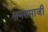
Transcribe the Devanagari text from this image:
समसमाजी